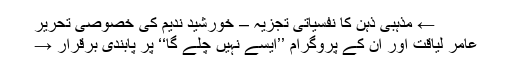
← مذہبی ذہن کا نفسیاتی تجزیہ – خورشید ندیم کی خصوصی تحریر
عامر لیاقت اور ان کے پروگرام ’’ایسے نہیں چلے گا‘‘ پر پابندی برقرار →